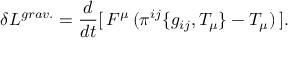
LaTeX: \delta L ^ { g r a v . } = \frac { d } { d t } [ \, F ^ { \mu } \, ( \pi ^ { i j } \{ g _ { i j } , T _ { \mu } \} - T _ { \mu } ) \, ] .